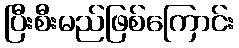
ပြီးစီးမည်ဖြစ်ကြောင်း